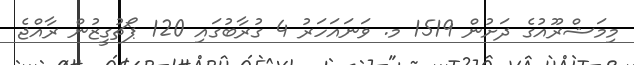
މިމަޝްރޫއުގެ ދަށުން 1519 މ. ވަނައަހަރު 4 ގުރާބުގައި 120 ޕޯޗުގީޒުން ރާއްޖެ